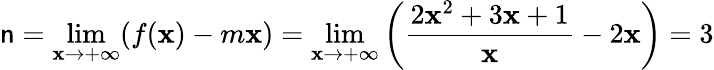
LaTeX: \mathsf{n}=\operatorname*{lim}_{\mathbf{x}\rightarrow+\infty}(f(\mathbf{x})-m\mathbf{x})=\operatorname*{lim}_{\mathbf{x}\rightarrow+\infty}\left({\frac{{2\mathbf{x}^{2}+3\mathbf{x}+1}}{{\mathbf{x}}}}-2\mathbf{x}\right)=3